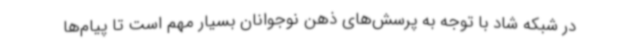
در شبکه شاد با توجه به پرسش‌های ذهن نوجوانان بسیار مهم است تا پیام‌ها